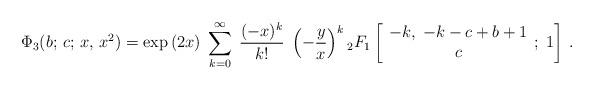
LaTeX: \begin{align*}\Phi_3(b;\,c;\,x,\,x^2)=\exp\left(2x \right)\; \sum_{k=0}^\infty\;\frac{(-x)^k}{k!}\; \left(-\frac{y}{x} \right)^k{}_2F_1\left[ \begin{array}{c} -k,\; -k-c+b+1 \\ c \end{array} ; \; 1 \right]\,.\end{align*}